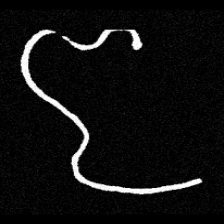
Pyu character \u2014 Myanmar letter: ဇ (romanized: ja)